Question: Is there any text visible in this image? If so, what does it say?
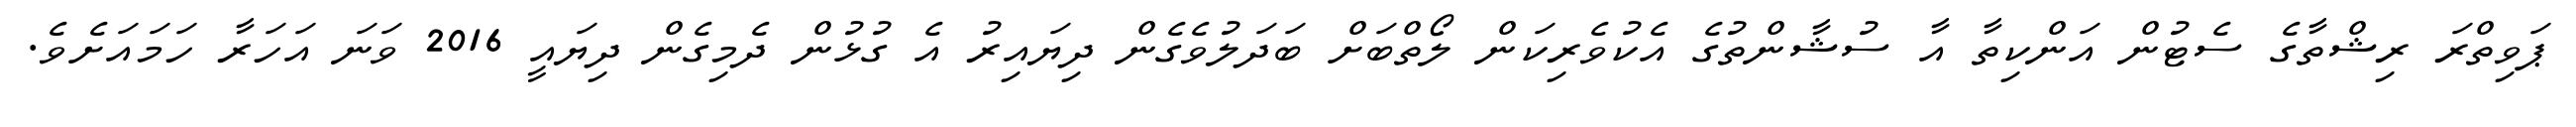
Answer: ޕަވިތްރަ ރިޝްތާގެ ސެޓުން އަންކިތާ އާ ސުޝާންތުގެ އެކުވެރިކަން ލޯތްބަށް ބަދަލުވެގެން ދިޔައިރު އެ ގުޅުން ދެމިގެން ދިޔައީ 2016 ވަނަ އަހަރާ ހަމައަށެވެ.